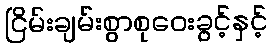
ငြိမ်းချမ်းစွာစုဝေးခွင့်နှင့်